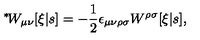
\mathrm { \mathrm { } ^ * \! } W _ { \mu \nu } [ \xi | s ] = - \mathrm { \small \frac { 1 } { 2 } } \epsilon _ { \mu \nu \rho \sigma } W ^ { \rho \sigma } [ \xi | s ] ,